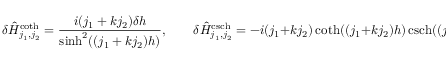
\delta \hat { H } _ { j _ { 1 } , j _ { 2 } } ^ { \coth } = \frac { i ( j _ { 1 } + k j _ { 2 } ) \delta h } { \sinh ^ { 2 } ( ( j _ { 1 } + k j _ { 2 } ) h ) } , \qquad \delta \hat { H } _ { j _ { 1 } , j _ { 2 } } ^ { \operatorname { c s c h } } = - i ( j _ { 1 } + k j _ { 2 } ) \coth ( ( j _ { 1 } + k j _ { 2 } ) h ) \operatorname { c s c h } ( ( j _ { 1 } + k j _ { 2 } ) h ) \delta h .